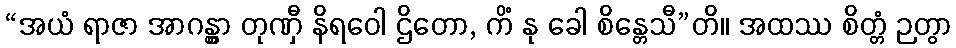
“အယံ ရာဇာ အာဂန္တွာ တုဏှီ နိရဝေါ ဌိတော, ကိံ နု ခေါ စိန္တေသီ”တိ။ အထဿ စိတ္တံ ဉတွာ